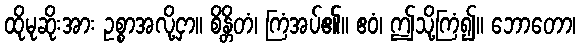
ထိုမုဆိုးအား ဥစ္စာအလို့ငှာ။ စိန္တိတံ၊ ကြံအပ်၏။ ဧဝံ၊ ဤသို့ကြံ၍။ ဘောတော၊